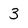
Character: 3